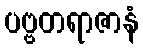
ပဗ္ဗတရာဇာနံ